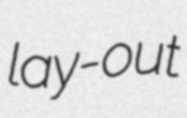
lay-out